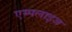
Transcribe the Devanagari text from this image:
एम्पलाइज